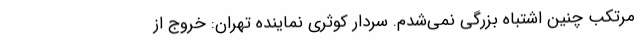
مرتکب چنین اشتباه بزرگی نمی‌شدم. سردار کوثری نماینده تهران: خروج از